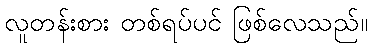
လူတန်းစား တစ်ရပ်ပင် ဖြစ်လေသည်။